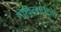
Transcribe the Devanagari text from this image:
गोविंदरावांचे